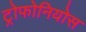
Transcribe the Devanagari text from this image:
ट्रोफोनियोस